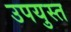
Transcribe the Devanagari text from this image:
उपयुस्त